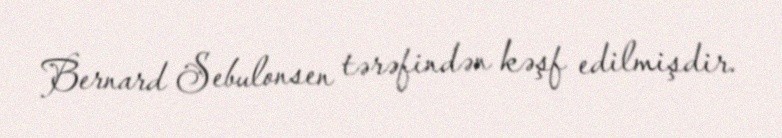
Bernard Sebulonsen tərəfindən kəşf edilmişdir.